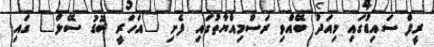
ރީފް ސައިޑުގައި މިއަދު ބޭއްވި ރަސްމިއްޔާތުގައި ފެށި "އަހަރީ ބޮޑު ސޭލް" ގައި